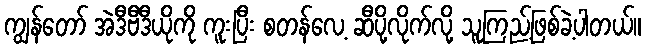
ကျွန်တော် အဲဒီဗီဒီယိုကို ကူးပြီး စတန်လေ့ ဆီပို့လိုက်လို့ သူကြည့်ဖြစ်ခဲ့ပါတယ်။